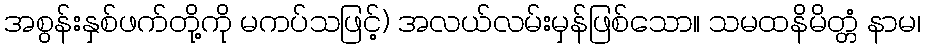
အစွန်းနှစ်ဖက်တို့ကို မကပ်သဖြင့်) အလယ်လမ်းမှန်ဖြစ်သော။ သမထနိမိတ္တံ နာမ၊